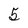
Character: 5